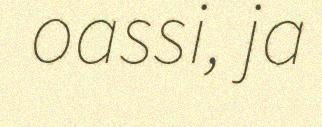
oassi, ja